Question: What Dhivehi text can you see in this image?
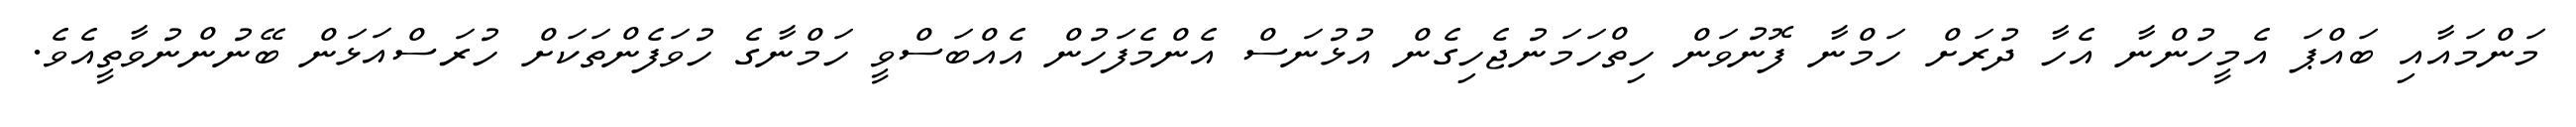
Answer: މަންމައާއި ބައްޕަ އެމީހުންނާ އެހާ ދުރަށް ހަމްނާ ފޮނުވަން ހިތްހަމަނުޖެހިގެން އުޅުނަސް އެންމެފަހުން އެއްބަސްވީ ހަމްނާގެ ހުވަފެންތަކަށް ހުރަސްއަޅަން ބޭނުންނުވާތީއެވެ.